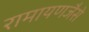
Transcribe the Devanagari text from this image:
रामायणजैसे